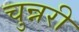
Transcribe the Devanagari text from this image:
चुन्नरी